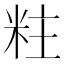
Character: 𮇐